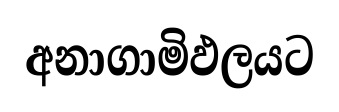
අනාගාමිඵලයට